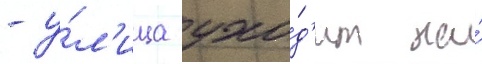
- у́л'ица ухо́д'ит на́